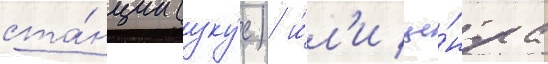
ста́нции (уку́с) и́л'и це́нтра